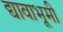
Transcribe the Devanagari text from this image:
द्यावाभूमी